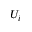
U _ { i }